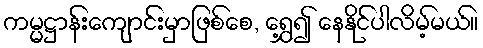
ကမ္မဋ္ဌာန်းကျောင်းမှာဖြစ်စေ, ရွှေ့၍ နေနိုင်ပါလိမ့်မယ်။